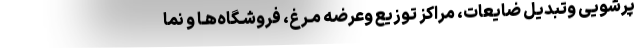
پَرشویی وتبدیل ضایعات، مراکز توزیع وعرضه مـرغ، فروشـگاه‌هـا و نما